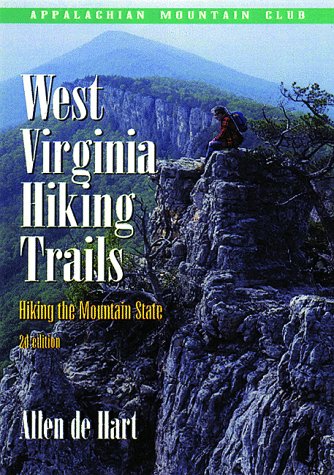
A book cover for West Virginia Hiking Trails, 2nd: Hiking the Mountain State; Allen de Hart; Travel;